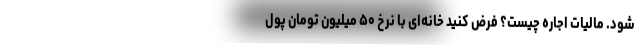
شود. مالیات اجاره چیست؟ فرض کنید خانه‌ای با نرخ ۵۰ میلیون تومان پول